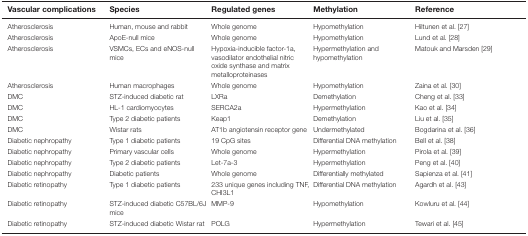
<table><thead><tr><td><b>Vascular complications</b></td><td><b>Species</b></td><td><b>Regulated genes</b></td><td><b>Methylation</b></td><td><b>Reference</b></td></tr></thead><tbody><tr><td>Atherosclerosis</td><td>Human, mouse and rabbit</td><td>Whole genome</td><td>Hypomethylation</td><td>Hiltunen et al. [27]</td></tr><tr><td>Atherosclerosis</td><td>ApoE-null mice</td><td>Whole genome</td><td>Hypomethylation</td><td>Lund et al. [28]</td></tr><tr><td>Atherosclerosis</td><td>VSMCs, ECs and eNOS-null mice</td><td>Hypoxia-inducible factor-1a, vasodilator endothelial nitric oxide synthase and matrix metalloproteinases</td><td>Hypermethylation and hypomethylation</td><td>Matouk and Marsden [29]</td></tr><tr><td>Atherosclerosis</td><td>Human macrophages</td><td>Whole genome</td><td>Hypomethylation</td><td>Zaina et al. [30]</td></tr><tr><td>DMC</td><td>STZ-induced diabetic rat</td><td>LXRa</td><td>Demethylation</td><td>Cheng et al. [33]</td></tr><tr><td>DMC</td><td>HL-1 cardiomyocytes</td><td>SERCA2a</td><td>Hypermethylation</td><td>Kao et al. [34]</td></tr><tr><td>DMC</td><td>Type 2 diabetic patients</td><td>Keap1</td><td>Demethylation</td><td>Liu et al. [35]</td></tr><tr><td>DMC</td><td>Wistar rats</td><td>AT1b angiotensin receptor gene</td><td>Undermethylated</td><td>Bogdarina et al. [36]</td></tr><tr><td>Diabetic nephropathy</td><td>Type 1 diabetic patients</td><td>19 CpG sites</td><td>Differential DNA methylation</td><td>Bell et al. [38]</td></tr><tr><td>Diabetic nephropathy</td><td>Primary vascular cells</td><td>Whole genome </td><td>Hypermethylation</td><td>Pirola et al. [39]</td></tr><tr><td>Diabetic nephropathy</td><td>Type 2 diabetic patients</td><td>Let-7a-3</td><td>Hypermethylation</td><td>Peng et al. [40]</td></tr><tr><td>Diabetic nephropathy</td><td>Diabetic patients</td><td>Whole genome</td><td>Differentially methylated</td><td>Sapienza et al. [41]</td></tr><tr><td>Diabetic retinopathy</td><td>Type 1 diabetic patients</td><td>233 unique genes including TNF, CHI3L1</td><td>Differential DNA methylation</td><td>Agardh et al. [43]</td></tr><tr><td>Diabetic retinopathy</td><td>STZ-induced diabetic C57BL/6J mice</td><td>MMP-9</td><td>Hypomethylation</td><td>Kowluru et al. [44]</td></tr><tr><td>Diabetic retinopathy</td><td>STZ-induced diabetic Wistar rat</td><td>POLG</td><td>Hypermethylation</td><td>Tewari et al. [45]</td></tr></tbody></table>